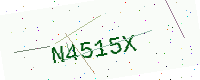
Text: N4515X